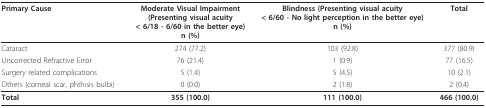
<table><thead><tr><td><b>Primary Cause</b></td><td><b>Moderate Visual Impairment (Presenting visual acuity &lt; 6/18 - 6/60 in the better eye)n (%)</b></td><td><b>Blindness (Presenting visual acuity &lt; 6/60 - No light perception in the better eye)n (%)</b></td><td><b>Total</b></td></tr></thead><tbody><tr><td>Cataract</td><td>274 (77.2)</td><td>103 (92.8)</td><td>377 (80.9)</td></tr><tr><td>Uncorrected Refractive Error</td><td>76 (21.4)</td><td>1 (0.9)</td><td>77 (16.5)</td></tr><tr><td>Surgery related complications</td><td>5 (1.4)</td><td>5 (4.5)</td><td>10 (2.1)</td></tr><tr><td>Others (corneal scar, phthisis bulbi)</td><td>0 (0.0)</td><td>2 (1.8)</td><td>2 (0.4)</td></tr><tr><td><b>Total</b></td><td><b>355 (100.0)</b></td><td><b>111 (100.0)</b></td><td><b>466 (100.0)</b></td></tr></tbody></table>